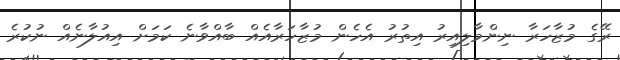
ރޭގެ މުޒާހަރާ ނިންމާލިއިރު އިތުރު އެހެން މުޒާހަރާއެއް ބާއްވާނެ ކަމަށް އިއުލާނެއް ނުކުރެ